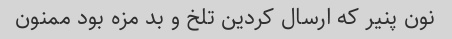
نون پنیر که ارسال کردین تلخ و بد مزه بود ممنون